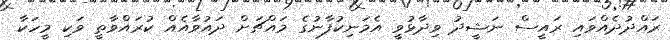
ރައްދުދެއްވައި ރައީސް ނަޝީދު ވިދާޅުވީ އެމަނިކުފާނުގެ މައްޗަށް ދައުވާއެއް ކުރައްވާތީ ވަކި މީހަކާ